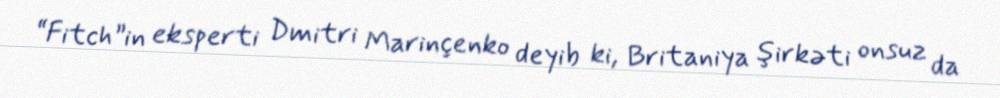
“Fitch”in eksperti Dmitri Marinçenko deyib ki, Britaniya şirkəti onsuz da